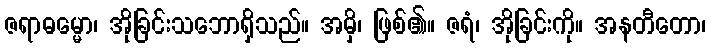
ဇရာဓမ္မော၊ အိုခြင်းသဘောရှိသည်။ အမှိ၊ ဖြစ်၏။ ဇရံ၊ အိုခြင်းကို။ အနတီတော၊